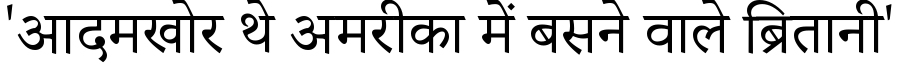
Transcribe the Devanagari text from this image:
'आदमखोर थे अमरीका में बसने वाले ब्रितानी'